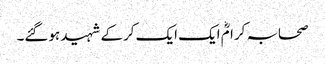
صحابہ کرامؓ ایک ایک کرکے شہید ہوگئے۔